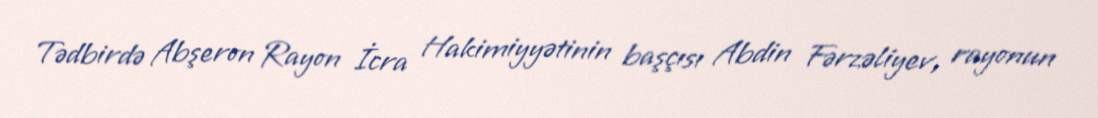
Tədbirdə Abşeron Rayon İcra Hakimiyyətinin başçısı Abdin Fərzəliyev, rayonun